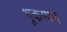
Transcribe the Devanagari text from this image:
भूकम्पन